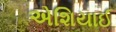
એશિયાઈ